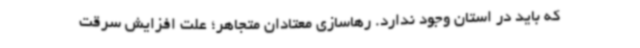
که باید در استان وجود ندارد. رهاسازی معتادان متجاهر؛ علت افزایش سرقت